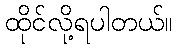
ထိုင်လို့ရပါတယ်။